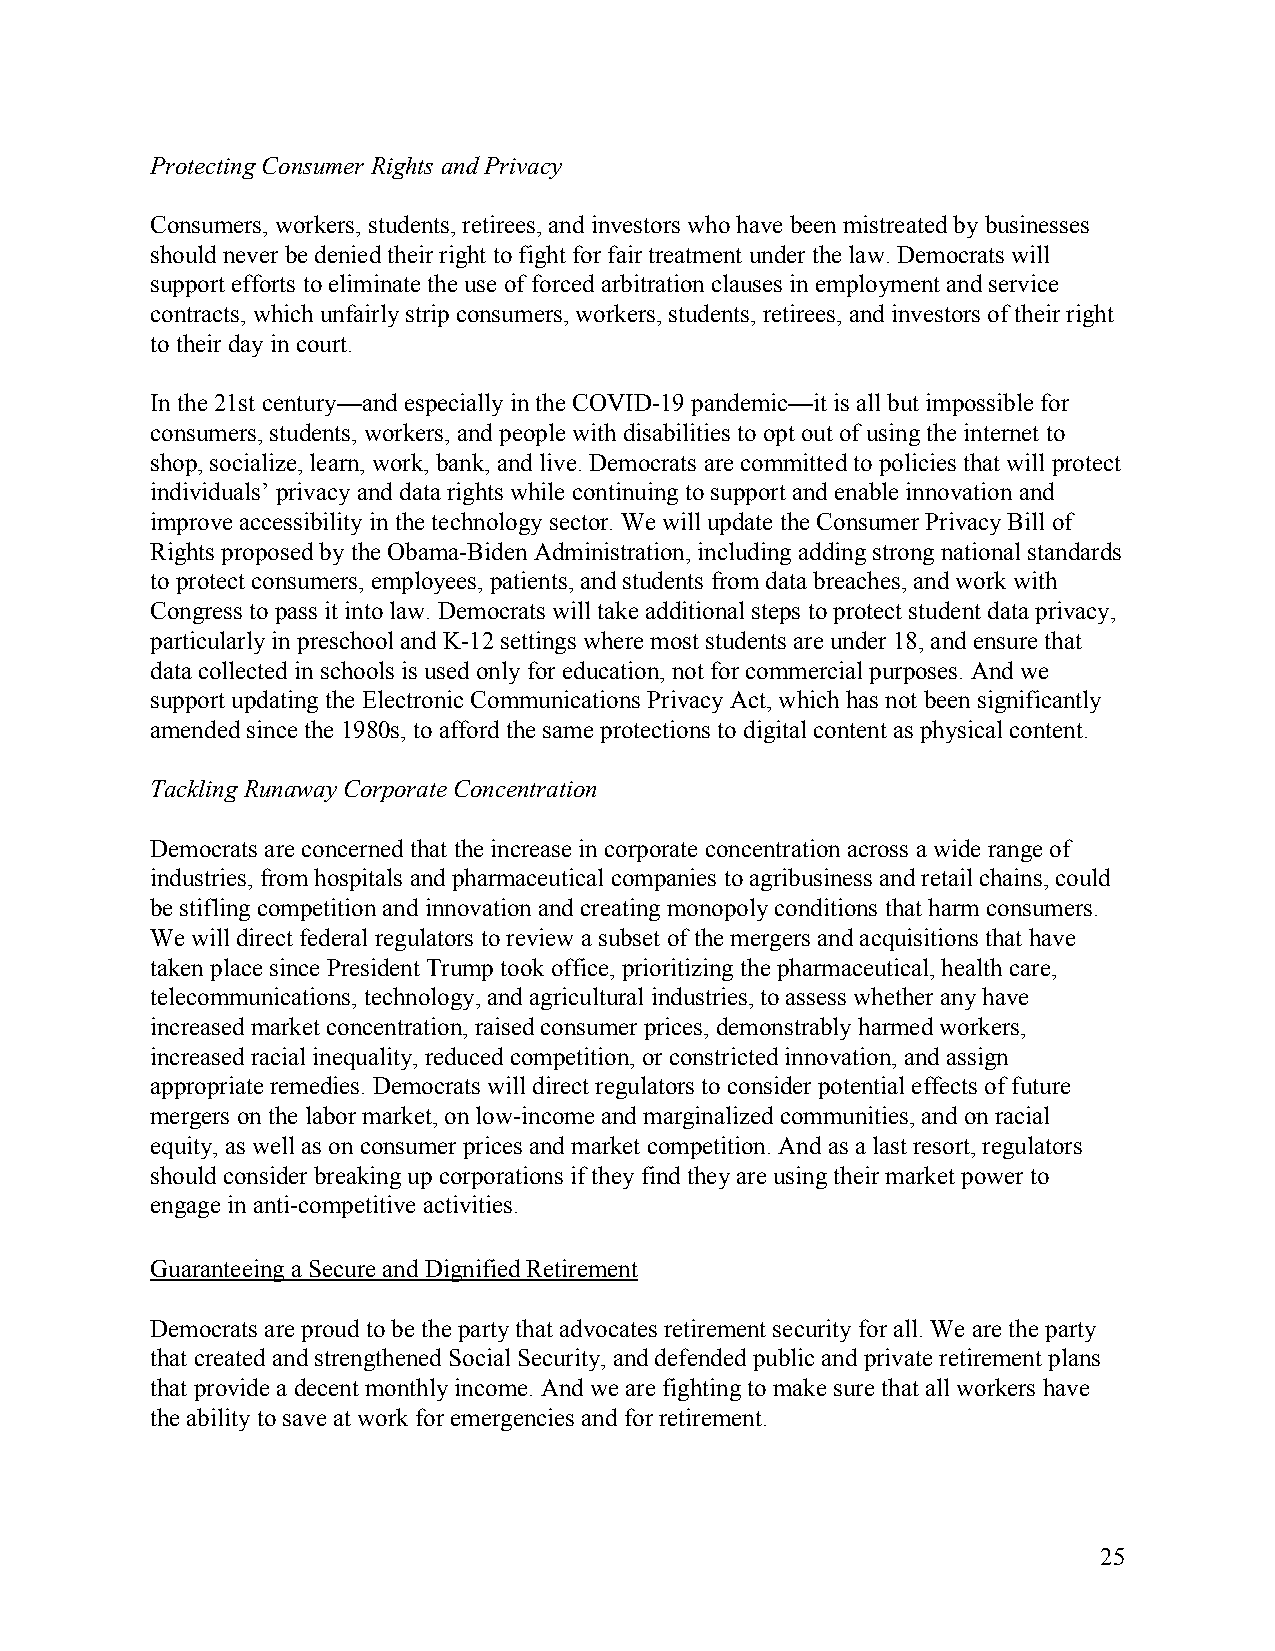
Protecting Consumer Rights and Privacy
 Consumers, workers, students, retirees, and investors who have been mistreated by businesses
 should never be denied their right to fight for fair treatment under the law. Democrats will
 support efforts to eliminate the use of forced arbitration clauses in employment and service
 contracts, which unfairly strip consumers, workers, students, retirees, and investors of their right
 to their day in court.
 In the 21st century—and especially in the COVID-19 pandemic—it is all but impossible for
 consumers, students, workers, and people with disabilities to opt out of using the internet to
 shop, socialize, learn, work, bank, and live. Democrats are committed to policies that will protect
 individuals’ privacy and data rights while continuing to support and enable innovation and
 improve accessibility in the technology sector. We will update the Consumer Privacy Bill of
 Rights proposed by the Obama-Biden Administration, including adding strong national standards
 to protect consumers, employees, patients, and students from data breaches, and work with
 Congress to pass it into law. Democrats will take additional steps to protect student data privacy,
 particularly in preschool and K-12 settings where most students are under 18, and ensure that
 data collected in schools is used only for education, not for commercial purposes. And we
 support updating the Electronic Communications Privacy Act, which has not been significantly
 amended since the 1980s, to afford the same protections to digital content as physical content.
 Tackling Runaway Corporate Concentration
 Democrats are concerned that the increase in corporate concentration across a wide range of
 industries, from hospitals and pharmaceutical companies to agribusiness and retail chains, could
 be stifling competition and innovation and creating monopoly conditions that harm consumers.
 We will direct federal regulators to review a subset of the mergers and acquisitions that have
 taken place since President Trump took office, prioritizing the pharmaceutical, health care,
 telecommunications, technology, and agricultural industries, to assess whether any have
 increased market concentration, raised consumer prices, demonstrably harmed workers,
 increased racial inequality, reduced competition, or constricted innovation, and assign
 appropriate remedies. Democrats will direct regulators to consider potential effects of future
 mergers on the labor market, on low-income and marginalized communities, and on racial
 equity, as well as on consumer prices and market competition. And as a last resort, regulators
 should consider breaking up corporations if they find they are using their market power to
 engage in anti-competitive activities.
 Guaranteeing a Secure and Dignified Retirement
 Democrats are proud to be the party that advocates retirement security for all. We are the party
 that created and strengthened Social Security, and defended public and private retirement plans
 that provide a decent monthly income. And we are fighting to make sure that all workers have
 the ability to save at work for emergencies and for retirement.
 25